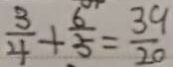
\frac { 3 } { 4 } + \frac { 6 } { 5 } = \frac { 3 9 } { 2 0 }